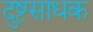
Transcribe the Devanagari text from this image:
दुष्टसाधक